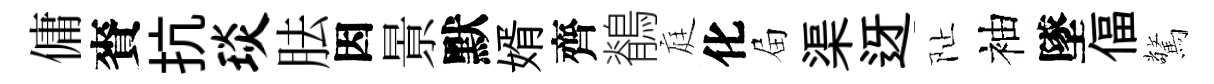
傭賚抗琰胠因㬌默婿齊鶺庭化屇渠迓阯袖墜偪驚